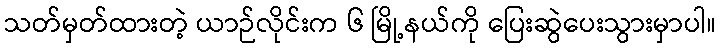
သတ်မှတ်ထားတဲ့ ယာဉ်လိုင်းက ၆ မြို့နယ်ကို ပြေးဆွဲပေးသွားမှာပါ။